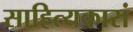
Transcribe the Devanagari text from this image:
साहित्यकारां